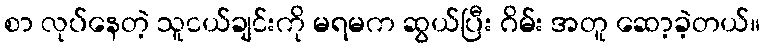
စာ လုပ်နေတဲ့ သူငယ်ချင်းကို မရမက ဆွယ်ပြီး ဂိမ်း အတူ ဆော့ခဲ့တယ်။